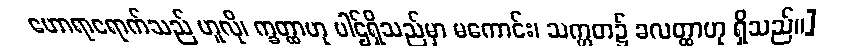
ဟောရာရောက်သည် ဟူလို၊ က္ခတ္ထာဟု ပါဌ်ရှိသည်မှာ မကောင်း၊ သက္ကတ၌ ခလတ္ထာဟု ရှိသည်။]